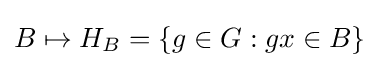
B\mapsto H_{B}=\{g\in G:gx\in B\}